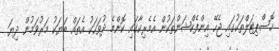
ހޮސްޕިޓަލްތަކުގައި ޖެހޭ އިންފެކްޝަންތަކުން އެމެރިކާގައި ކޮންމެ ދުވަހަކު އެތައް ބަޔަކު މަރުވަމުން ދިޔަ